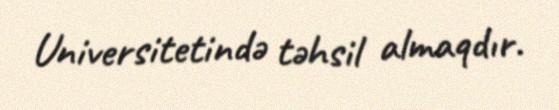
Universitetində təhsil almaqdır.